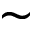
\sim